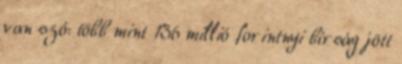
van szó: több mint 136 millió forintnyi bírság jött